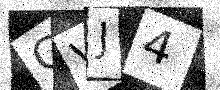
Text: GVJ4